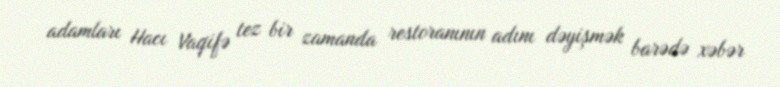
adamları Hacı Vaqifə tez bir zamanda restoranının adını dəyişmək barədə xəbər